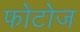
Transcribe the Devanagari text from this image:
फोटोज